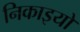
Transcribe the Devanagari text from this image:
निकाइयों